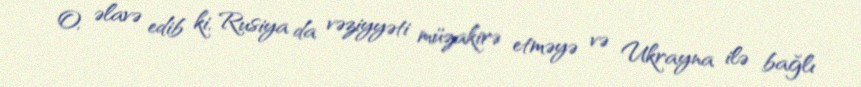
O, əlavə edib ki, Rusiya da vəziyyəti müzakirə etməyə və Ukrayna ilə bağlı